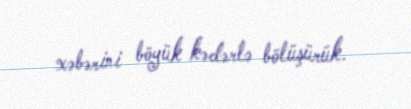
xəbərini böyük kədərlə bölüşürük.